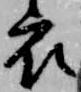
衣